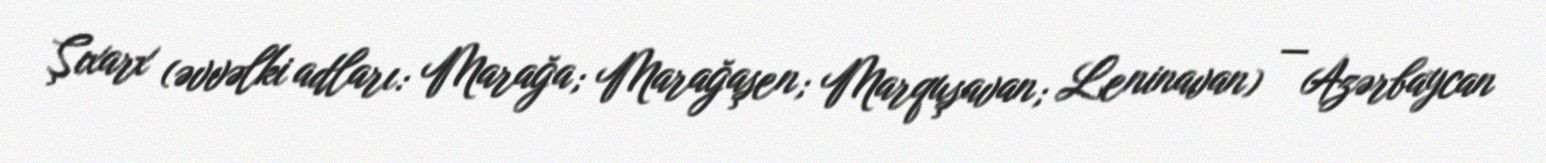
Şıxarx (əvvəlki adları: Marağa; Marağaşen; Marquşavan; Leninavan) — Azərbaycan